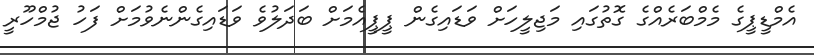
އެމްޑީޕީގެ މެމްބަރެއްގެ ގޮތުގައި މަޖިލީހަށް ވަޑައިގެން ޕީޕީއެމަށް ބަދަލުވެ ވަޑައިގެންނެވުމަށް ފަހު ޖުމްހޫރީ